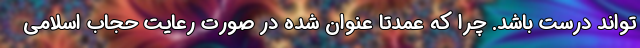
‌تواند درست باشد. چرا که عمدتا عنوان شده در صورت رعایت حجاب اسلامی